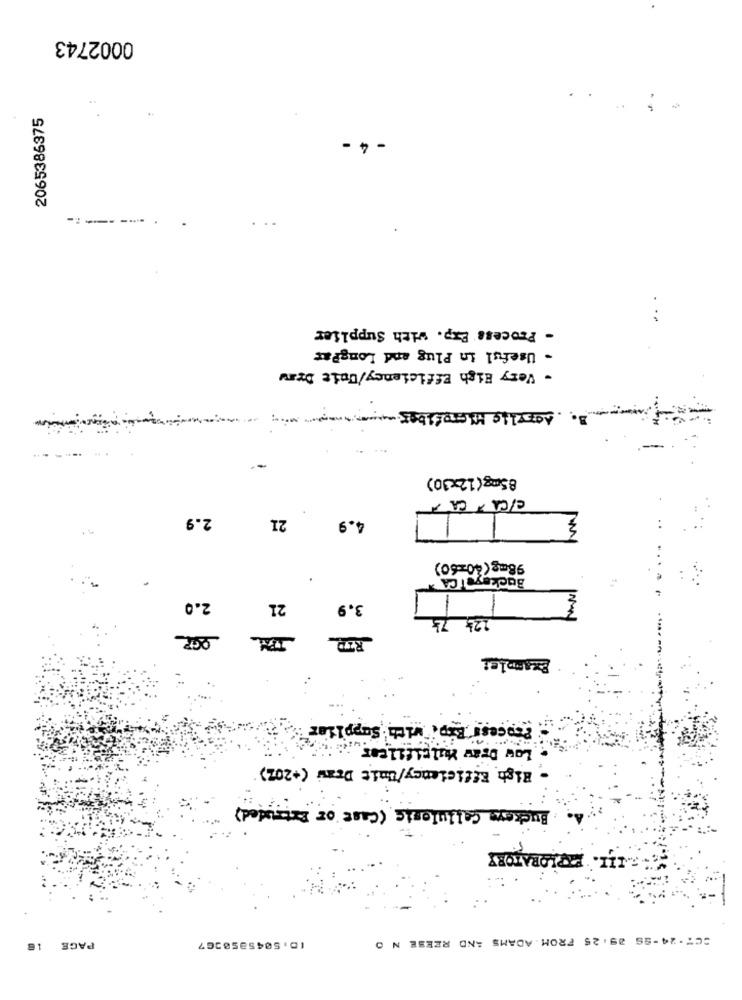
0002743
2065386375
- 4 -
----
- Process Exp. with Supplier
- Useful in Plug and LongPar
- Very High Efficiency/Uuit Draw
3. dozelle Microfiber ...
--
85mg(12x30)
C/CA CA
2.9
21
4.9
98mg(40=60)
Buckeye T CA
2.0
21
3.9
IN
12} ZŁ
Process Bip. with Supplier
Low Draw Multifilcar
High Efficiency/Unit Draw (+202)
Buckers Cellulesie ( Cast or Extruded)
III. PIPLORATORY
SC7.24-SS 09: 25 FROM. ADAMS AND REESE N O
PAGE 18
ID: 5045850267